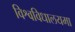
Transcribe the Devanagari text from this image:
विश्वविधालयमा